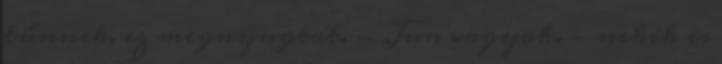
tűnnek, ez megnyugtat. - Jun vagyok. - nekik is